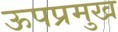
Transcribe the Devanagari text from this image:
ऊपप्रमुख